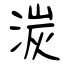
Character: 湠